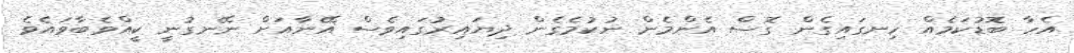
އެހާ ބޮޑުކަމެއް ހިނގައިގެން ގޮސް އެންމެން ނުކުމެގެން ދިޔައިރުގައިވެސް އޭނާއަށް ނޭނގުނީ ކީއްވެބާވައެވެ